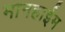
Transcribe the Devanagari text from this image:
मानहाईम